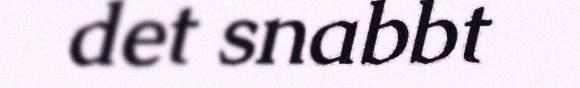
det snabbt